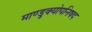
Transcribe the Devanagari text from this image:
माण्डुक्योपनिषद